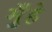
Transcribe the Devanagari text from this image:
मुँहे